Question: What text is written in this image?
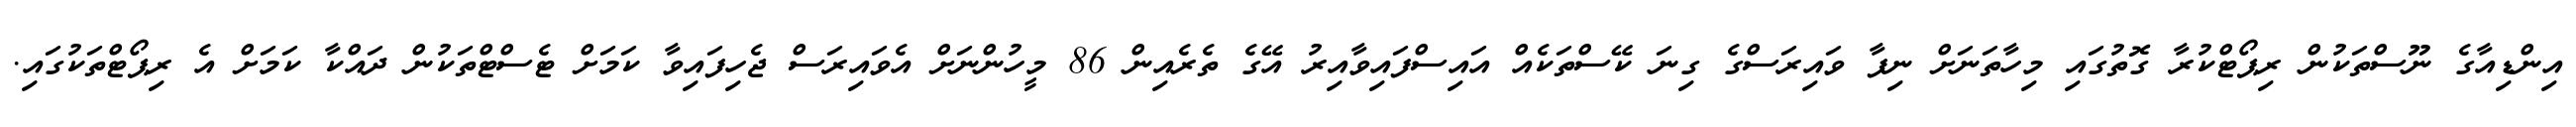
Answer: އިންޑިއާގެ ނޫސްތަކުން ރިޕޯޓްކުރާ ގޮތުގައި މިހާތަނަށް ނިފާ ވައިރަސްގެ ގިނަ ކޭސްތަކެއް އައިސްފައިވާއިރު އޭގެ ތެރެއިން 86 މީހުންނަށް އެވައިރަސް ޖެހިފައިވާ ކަމަށް ޓެސްޓްތަކުން ދައްކާ ކަމަށް އެ ރިޕޯޓްތަކުގައި.